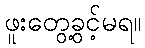
ဖူးတွေ့ခွင့်မရ။